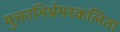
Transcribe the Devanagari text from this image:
मुक्ताभिर्भ्रमरकलिता